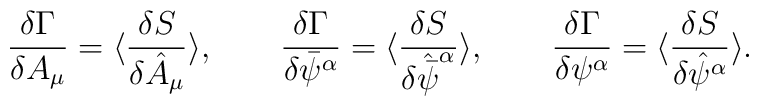
\frac{\delta\Gamma}{{\delta}A_{\mu}} =\langle\frac{{\delta}S}{\delta\hat A_{\mu}}\rangle,\qquad\frac{\delta\Gamma}{\delta{\bar\psi}^\alpha} =\langle\frac{{\delta}S}{\delta\hat{\bar\psi}^\alpha}\rangle,\qquad \frac{\delta\Gamma}{\delta{\psi}^\alpha} =\langle\frac{{\delta}S}{\delta\hat{\psi}^\alpha}\rangle.